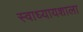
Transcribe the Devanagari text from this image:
स्वाध्यायशाला